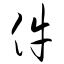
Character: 件